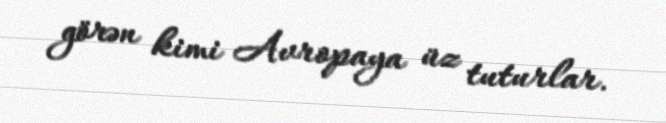
görən kimi Avropaya üz tuturlar.